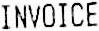
INVOICE